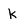
Character: K